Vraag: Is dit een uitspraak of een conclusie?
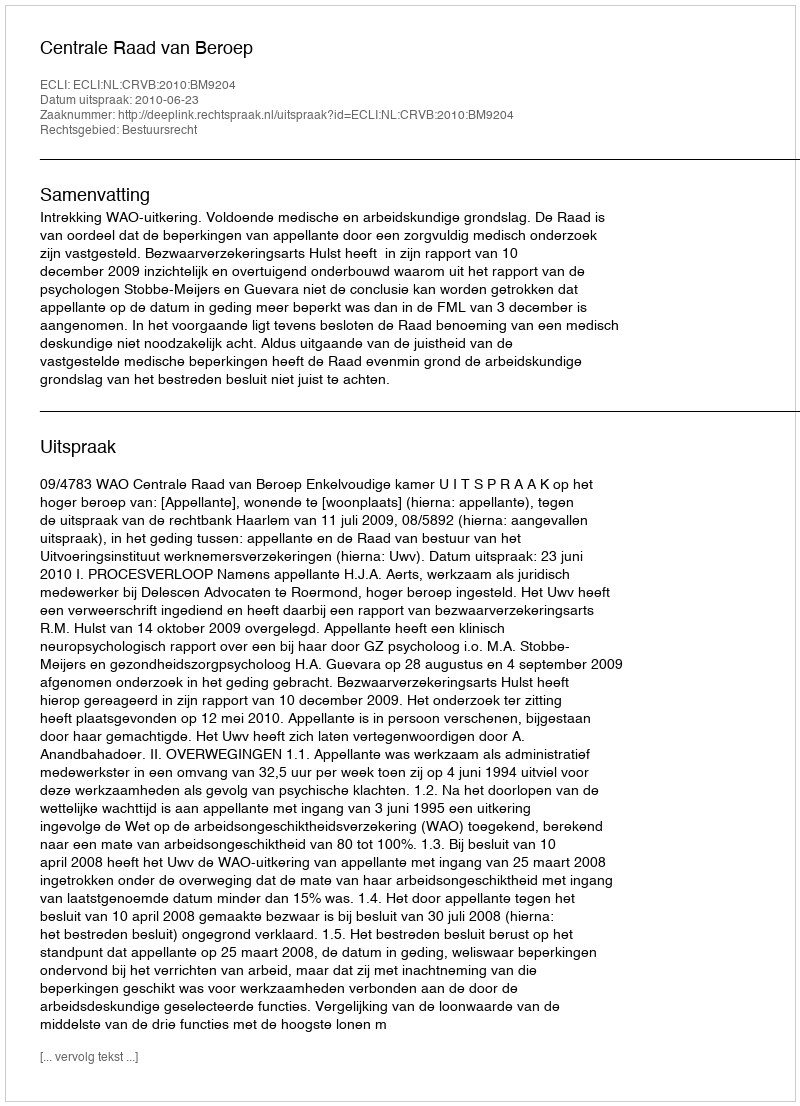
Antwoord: Uitspraak